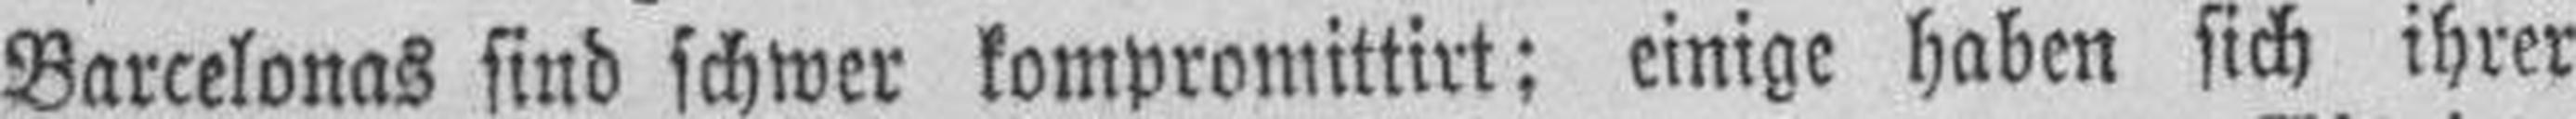
Barcelonas sind schwer kompromittirt; einige haben sich ihrer